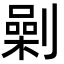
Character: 劋